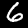
Label: 6